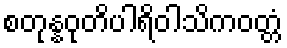
စတုန္နဝုတိပါရိဝါသိကဝတ္တံ